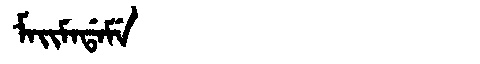
Manchu: ᠮᠠᡳᠮᠠᡩᠠᠮᡝ
Romanization: MAIMADAME